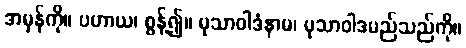
အမှန်ကို။ ပဟာယ၊ စွန့်၍။ မုသာဝါဒံနာမ၊ မုသာဝါဒမည်သည်ကို။